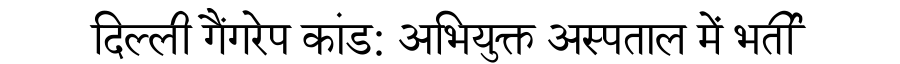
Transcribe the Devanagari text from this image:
दिल्ली गैंगरेप कांड: अभियुक्त अस्पताल में भर्ती